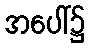
အပေါ်၌